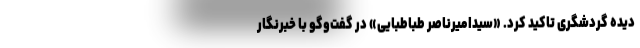
دیده گردشگری تاکید کرد. «سیدامیرناصر طباطبایی» در گفت‌وگو با خبرنگار